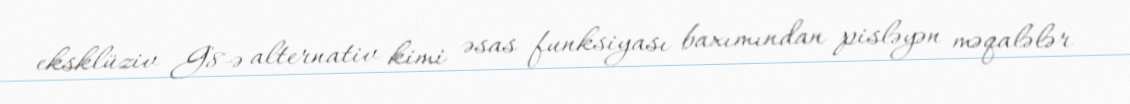
eksklüziv G8-ə alternativ kimi əsas funksiyası baxımından pisləyən məqalələr